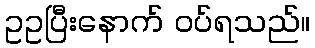
ဥဥပြီးနောက် ဝပ်ရသည်။